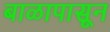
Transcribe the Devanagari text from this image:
बाळापासून